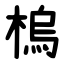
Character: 㮧